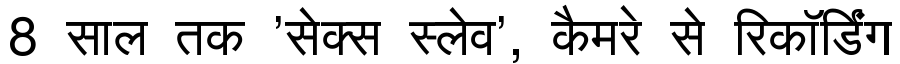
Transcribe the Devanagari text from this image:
8 साल तक 'सेक्स स्लेव', कैमरे से रिकॉर्डिंग